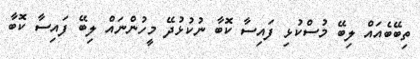
ތިބޭބެއައް ލިބޭ މުސްކުޅި ފައިސާ ކޮބާ ނުކުޅުދޭ މީހުންނައް ލިބޭ ފައިސާ ކޮބާ